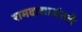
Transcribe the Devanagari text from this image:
रामदासाअंतरी